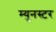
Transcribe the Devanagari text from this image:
म्युनस्टर